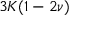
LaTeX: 3 K ( 1 - 2 \nu )